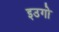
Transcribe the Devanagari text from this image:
इउगो